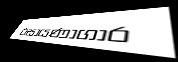
රසායණාගාර